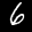
Label: 6